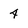
Character: 4